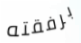
برفقته